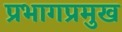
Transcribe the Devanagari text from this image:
प्रभागप्रमुख